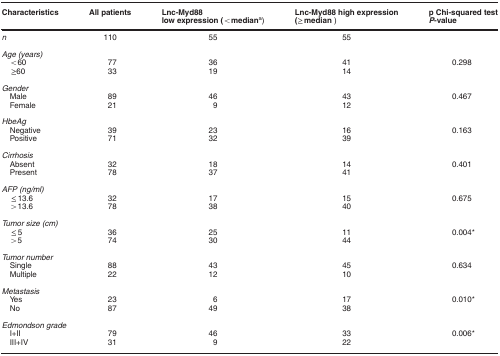
<table><thead><tr><td><b>Characteristics</b></td><td><b>All patients</b></td><td><b>Lnc-Myd88 low expression (&lt;mediana)</b></td><td><b>Lnc-Myd88 high expression (≥median)</b></td><td><b>p Chi-squared test <i>P</i>-value</b></td></tr></thead><tbody><tr><td><i>n</i></td><td>110</td><td>55</td><td>55</td><td> </td></tr><tr><td> </td><td> </td><td> </td><td> </td><td> </td></tr><tr><td colspan="5"><i>Age (years)</i></td></tr><tr><td> &lt;60</td><td>77</td><td>36</td><td>41</td><td>0.298</td></tr><tr><td> ≥60</td><td>33</td><td>19</td><td>14</td><td> </td></tr><tr><td> </td><td> </td><td> </td><td> </td><td> </td></tr><tr><td colspan="5"><i>Gender</i></td></tr><tr><td> Male</td><td>89</td><td>46</td><td>43</td><td>0.467</td></tr><tr><td> Female</td><td>21</td><td>9</td><td>12</td><td> </td></tr><tr><td> </td><td> </td><td> </td><td> </td><td> </td></tr><tr><td colspan="5"><i>HbeAg</i></td></tr><tr><td> Negative</td><td>39</td><td>23</td><td>16</td><td>0.163</td></tr><tr><td> Positive</td><td>71</td><td>32</td><td>39</td><td> </td></tr><tr><td> </td><td> </td><td> </td><td> </td><td> </td></tr><tr><td colspan="5"><i>Cirrhosis</i></td></tr><tr><td> Absent</td><td>32</td><td>18</td><td>14</td><td>0.401</td></tr><tr><td> Present</td><td>78</td><td>37</td><td>41</td><td> </td></tr><tr><td> </td><td> </td><td> </td><td> </td><td> </td></tr><tr><td colspan="5"><i>AFP (ng/ml)</i></td></tr><tr><td> ≤13.6</td><td>32</td><td>17</td><td>15</td><td>0.675</td></tr><tr><td> &gt;13.6</td><td>78</td><td>38</td><td>40</td><td> </td></tr><tr><td> </td><td> </td><td> </td><td> </td><td> </td></tr><tr><td colspan="5"><i>Tumor size (cm)</i></td></tr><tr><td> ≤5</td><td>36</td><td>25</td><td>11</td><td>0.004*</td></tr><tr><td> &gt;5</td><td>74</td><td>30</td><td>44</td><td> </td></tr><tr><td> </td><td> </td><td> </td><td> </td><td> </td></tr><tr><td colspan="5"><i>Tumor number</i></td></tr><tr><td> Single</td><td>88</td><td>43</td><td>45</td><td>0.634</td></tr><tr><td> Multiple</td><td>22</td><td>12</td><td>10</td><td> </td></tr><tr><td> </td><td> </td><td> </td><td> </td><td> </td></tr><tr><td><i>Metastasis</i></td><td> </td><td> </td><td> </td><td> </td></tr><tr><td> Yes</td><td>23</td><td>6</td><td>17</td><td>0.010*</td></tr><tr><td> No</td><td>87</td><td>49</td><td>38</td><td> </td></tr><tr><td> </td><td> </td><td> </td><td> </td><td> </td></tr><tr><td colspan="5"><i>Edmondson grade</i></td></tr><tr><td> I+II</td><td>79</td><td>46</td><td>33</td><td>0.006*</td></tr><tr><td> III+IV</td><td>31</td><td>9</td><td>22</td><td> </td></tr></tbody></table>